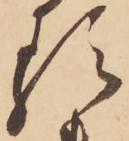
る